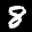
Label: 8